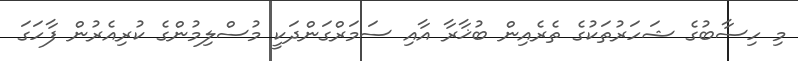
މި ހިސާބުގެ ޝަހަރުތަކުގެ ތެރެއިން ބުޚާރާ އާއި ސަމަރްގަންދަކީ މުސްލިމުންގެ ކުރިއެރުން ފާހަގަ